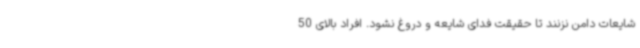
شایعات دامن نزنند تا حقیقت فدای شایعه و دروغ نشود. افراد بالای 50